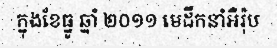
ក្នុងខែធ្នូ ឆ្នាំ ២០១១ មេដឹកនាំអឺរ៉ុប